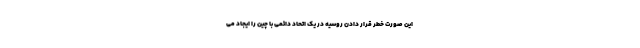
این صورت خطر قرار دادن روسیه در یک اتحاد دائمی با چین را ایجاد می